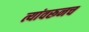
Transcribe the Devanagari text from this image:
त्यांवरूनच